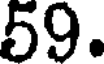
59.